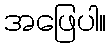
အဖြေပါ။